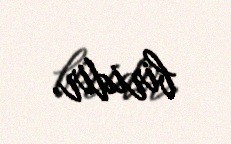
biridir.